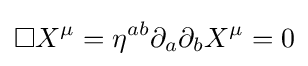
\square X^{\mu }=\eta ^{ab}\partial _{a}\partial _{b}X^{\mu }=0